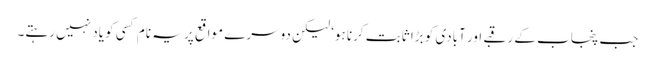
جب پنجاب کے رقبے اور آبادی کو بڑا ثابت کرنا ہو‘ لیکن دوسرے مواقع پر یہ نام کسی کو یاد نہیں رہتے۔